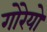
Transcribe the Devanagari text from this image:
गोरेयो